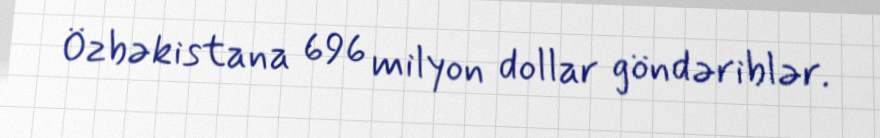
Özbəkistana 696 milyon dollar göndəriblər.